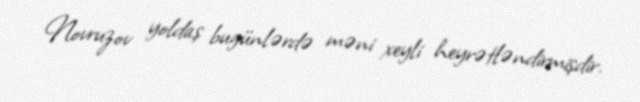
Novruzov yoldaş bugünlərdə məni xeyli heyrətləndirmişdir.